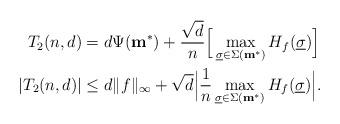
LaTeX: \begin{align*}T_2(n,d) &= d \Psi(\mathbf{m}^*) + \frac{\sqrt{d}}{n} \Big[ \max_{\underline{\sigma} \in \Sigma(\mathbf{m}^*)} H_f(\underline{\sigma}) \Big] \\|T_2(n,d)| &\leq d \| f \|_{\infty} + \sqrt{d} \Big| \frac{1}{n} \max_{\underline{\sigma} \in \Sigma(\mathbf{m^*})} H_f(\underline{\sigma}) \Big|. \end{align*}